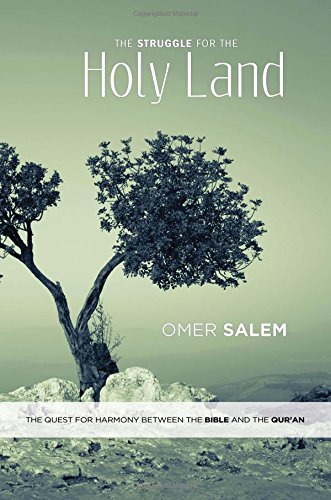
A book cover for The Struggle for the Holy Land: The Quest for Harmony between the Bible and the Qur'an; Omer Salem; Religion & Spirituality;